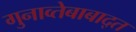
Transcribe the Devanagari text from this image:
गुनाव्तेबाबाद्त